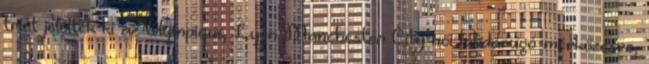
triót jelöltek ki az Olympique Lyon-Manchester City női labdarúgó-mérkőzésre,